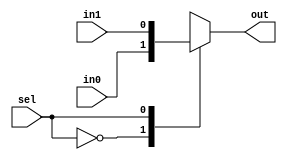
module TC_Mux(sel, in0, in1, out);
    parameter UUID = 0;
    parameter NAME = "";
    parameter BIT_WIDTH = 1;
    input sel;
    input [BIT_WIDTH-1:0] in0;
    input [BIT_WIDTH-1:0] in1;
    output reg [BIT_WIDTH-1:0] out;
    
    always @ (sel or in0 or in1) begin
        case(sel)
        1'b0 : out = in0;
        1'b1 : out = in1;
        endcase
    end
endmodule